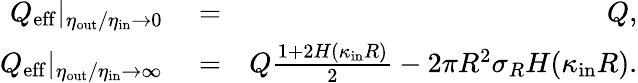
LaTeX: \begin{array}{rlr}{Q_{\mathrm{eff}}|_{\eta_{\mathrm{out}}/\eta_{\mathrm{in}}\to 0}}&{{}=}&{Q,}\\ {Q_{\mathrm{eff}}|_{\eta_{\mathrm{out}}/\eta_{\mathrm{in}}\to\infty}}&{{}=}&{Q\frac{1+2H(\kappa_{\mathrm{in}}R)}{2}-2\pi R^{2}\sigma_{R}H(\kappa_{\mathrm{in}}R).}\end{array}